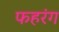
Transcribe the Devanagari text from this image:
फहरंग